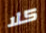
كلا